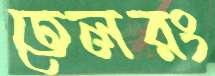
তেলরং